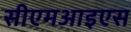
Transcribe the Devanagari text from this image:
सीएमआइएस